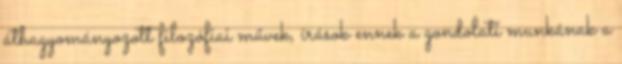
áthagyományozott filozófiai művek, írások ennek a gondolati munkának a